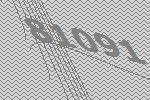
81091